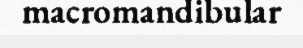
macromandibular